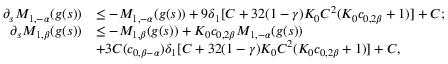
\begin{array} { r l } { \partial _ { s } M _ { 1 , - \alpha } ( g ( s ) ) } & { \leq - M _ { 1 , - \alpha } ( g ( s ) ) + 9 \delta _ { 1 } [ C + 3 2 ( 1 - \gamma ) K _ { 0 } C ^ { 2 } ( K _ { 0 } c _ { 0 , 2 \beta } + 1 ) ] + C ; } \\ { \partial _ { s } M _ { 1 , \beta } ( g ( s ) ) } & { \leq - M _ { 1 , \beta } ( g ( s ) ) + K _ { 0 } c _ { 0 , 2 \beta } M _ { 1 , - \alpha } ( g ( s ) ) } \\ & { + 3 C ( c _ { 0 , \beta - \alpha } ) \delta _ { 1 } [ C + 3 2 ( 1 - \gamma ) K _ { 0 } C ^ { 2 } ( K _ { 0 } c _ { 0 , 2 \beta } + 1 ) ] + C , } \end{array}